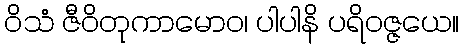
ဝိသံ ဇီဝိတုကာမောဝ၊ ပါပါနိ ပရိဝဇ္ဇယေ။